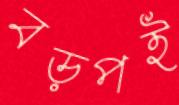
বড়পই